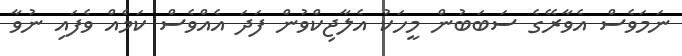
ނަމަވެސް އެވާރޭގެ ސަބަބުން މީހަކު އެލާޖިކްވުން ފަދަ އެއްވެސް ކަމެއް ވެފައި ނުވާ